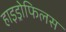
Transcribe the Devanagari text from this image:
हाइड्रोफिलस